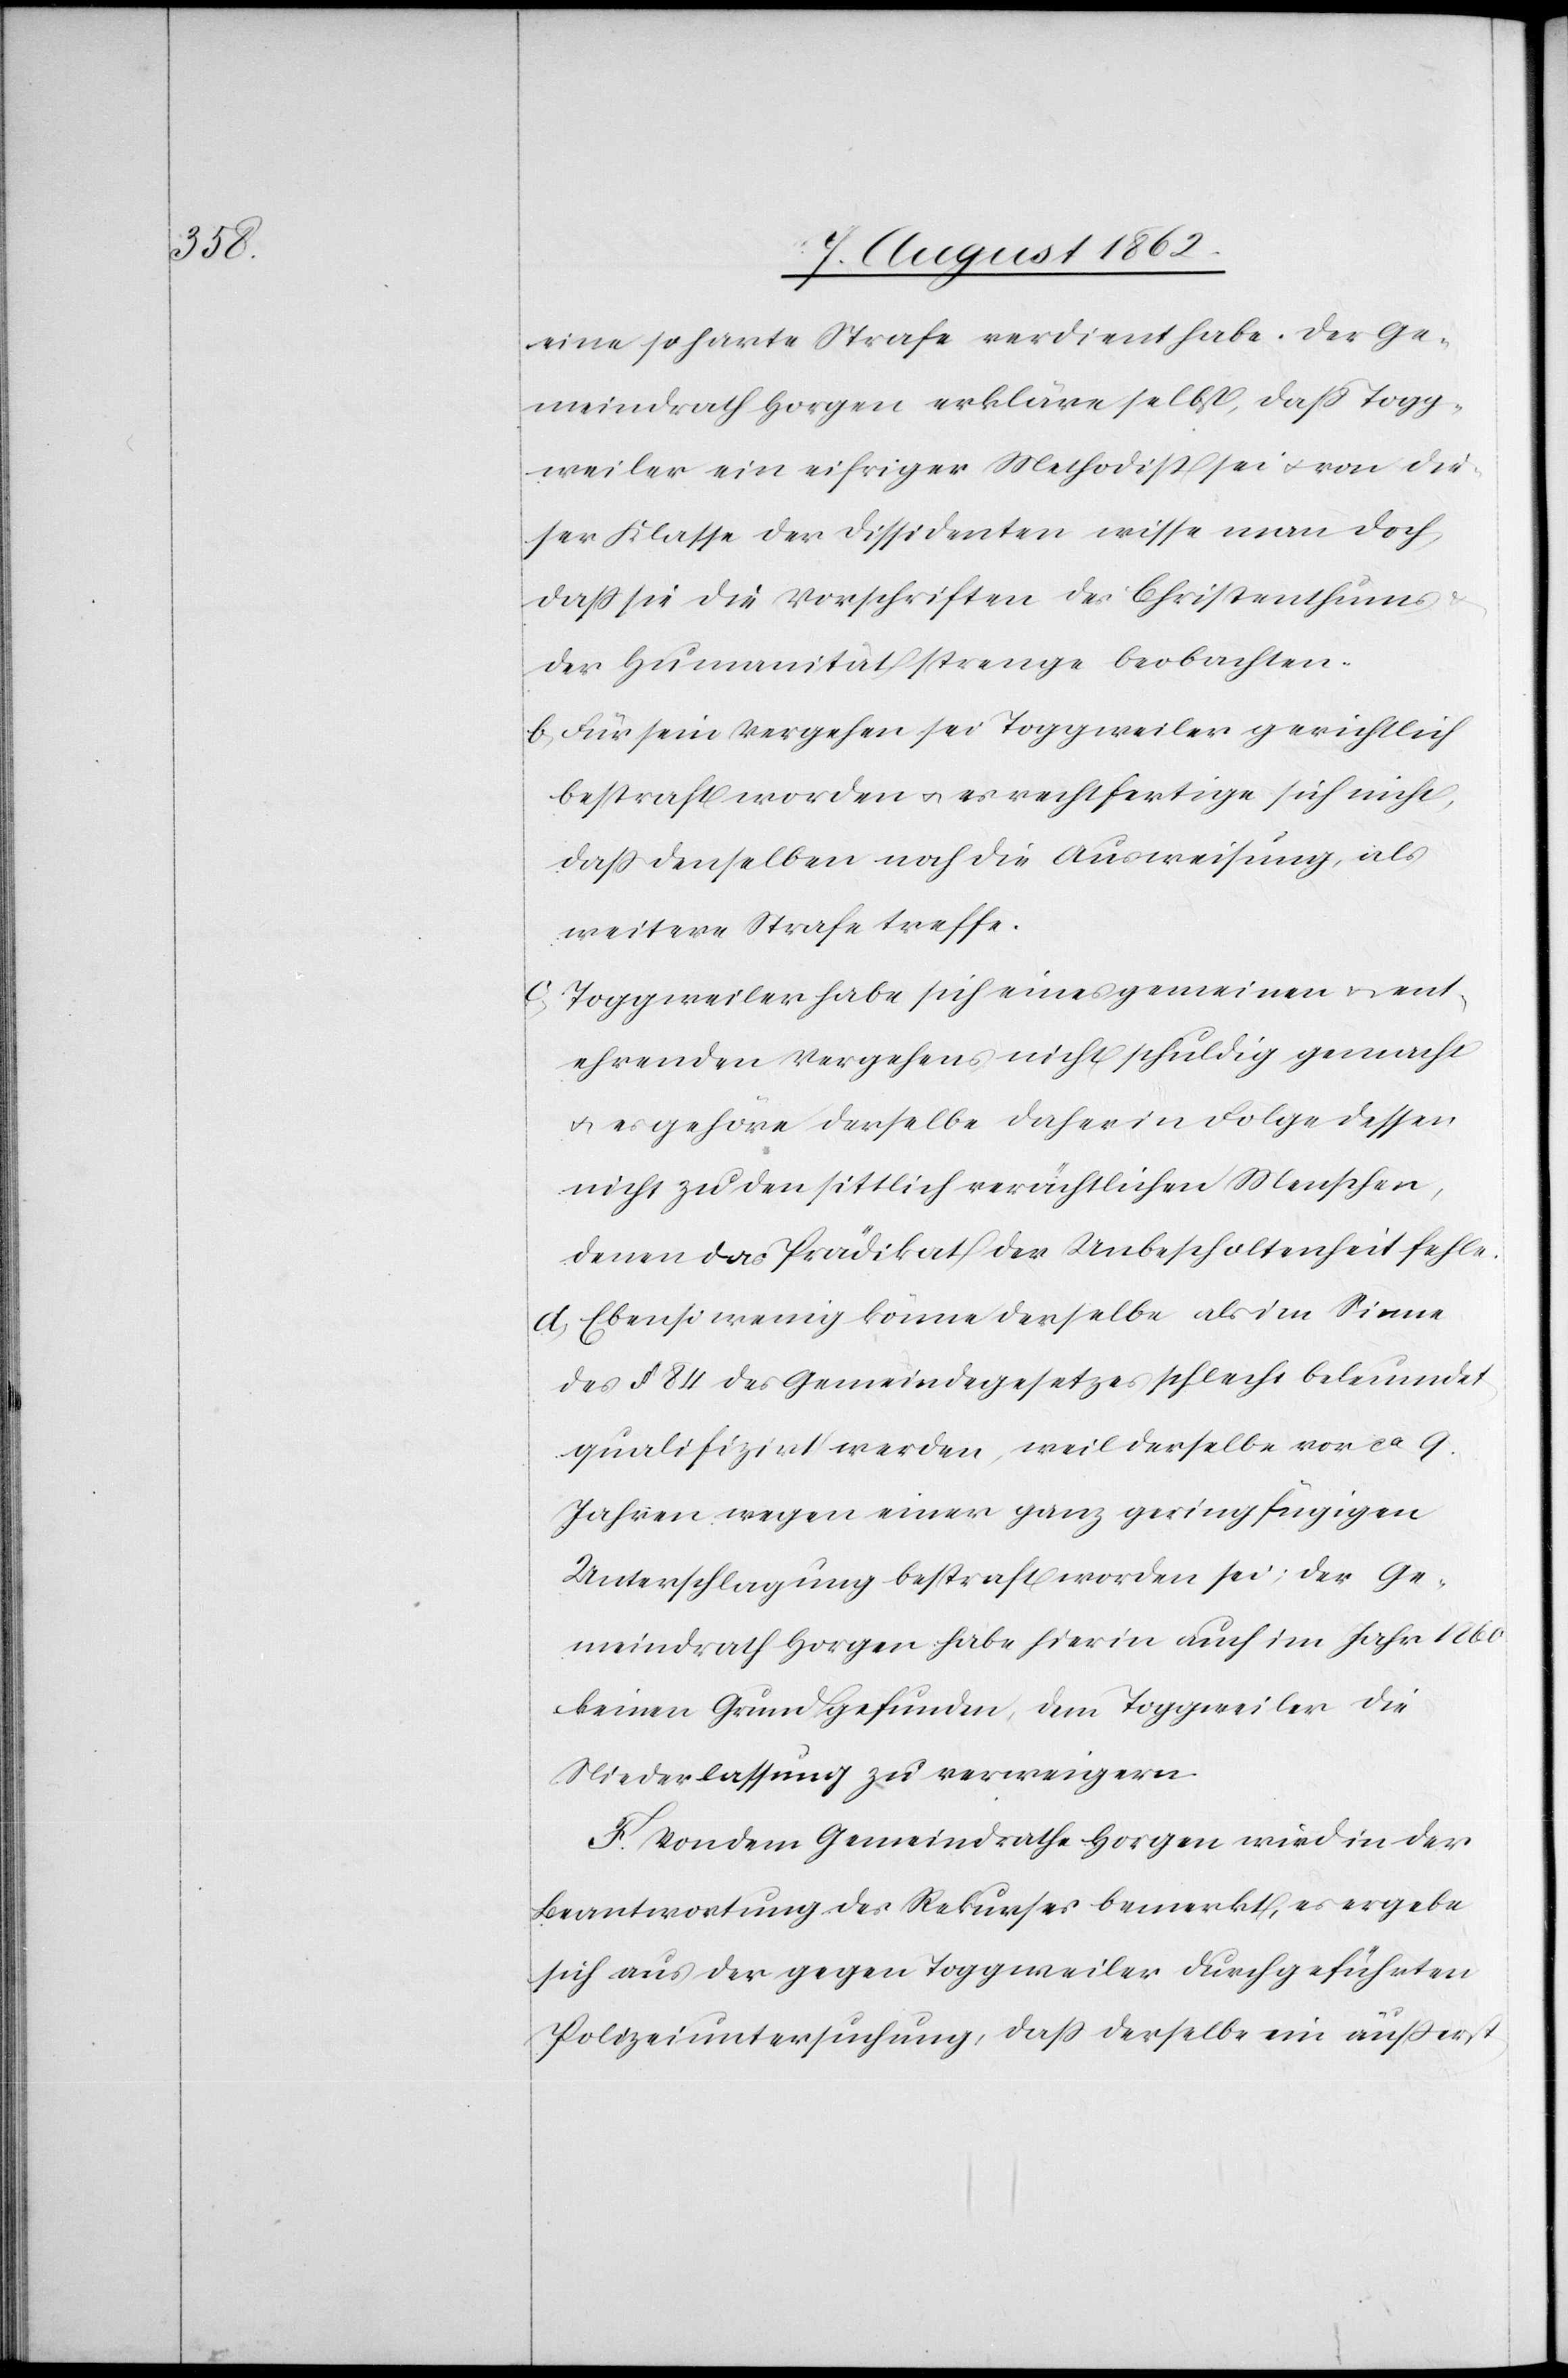
eine so harte Strafe verdient habe. Der Ge¬
meindrath Horgen erkläre selbst, daß Togg¬
weiler ein eifriger Methodist sei u. von die¬
ser Klasse der Dissidenten wisse man doch,
daß sie die Vorschriften des Christenthums
der Humanität strenge beobachten.
b) Für sein Vergehen sei Toggweiler gerichtlich
bestraft worden u. es rechtfertige sich nicht,
daß denselben noch die Ausweisung, als
weitere Strafe treffe.
c) Toggweiler habe sich eines gemeinen u. ent¬
ehrenden Vergehens nicht schuldig gemacht
u. es gehöre derselbe daher in Folge dessen
nicht zu den sittlich verächtlichen Menschen,
denen das Prädikat der Unbescholtenheit fehle.
d) Ebenso wenig könne derselbe als im Sinne
des §. 84 des Gemeindegesetzes schlecht beleumdet
qualifizirt werden, weil derselbe vor ca 9
Jahren wegen einer ganz geringführigen
Unterschlagung bestraft worden sei; der Ge¬
meindrath Horgen habe hierin auch im Jahr 1860
keinen Grund gefunden, dem Toggweiler die
Niederlassung zu verweigern.
F. Von dem Gemeindrathe Horgen wird in der
Beantwortung des Rekurses bemerkt, es ergebe
sich aus der gegen Toggweiler durchgeführten
Polizeiuntersuchung, daß derselbe im äußerst